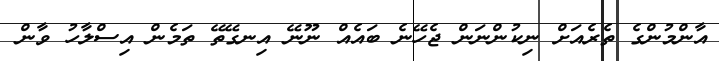
އާންމުންގެ ތެރެެއަށް ނިކުންނަން ޖެހޭނެ ބައެއް ނޫނޭ އިނގޭތޭ ތަމެން އިސްލާހު ވާން